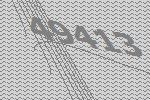
49413